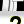
Digit: 2